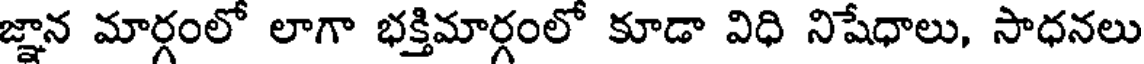
జ్ఞాన మార్గంలో లాగా భక్తిమార్గంలో కూడా విధి నిషేధాలు, సాధనలు